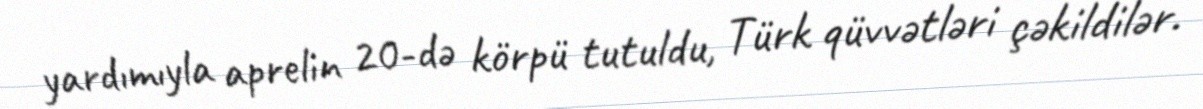
yardımıyla aprelin 20-də körpü tutuldu, Türk qüvvətləri çəkildilər.